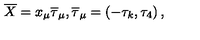
\overline { { X } } = x _ { \mu } \overline { { \tau } } _ { \mu } , \overline { { \tau } } _ { \mu } = \left( - \tau _ { k } , \tau _ { 4 } \right) ,